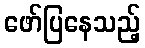
ဖော်ပြနေသည့်